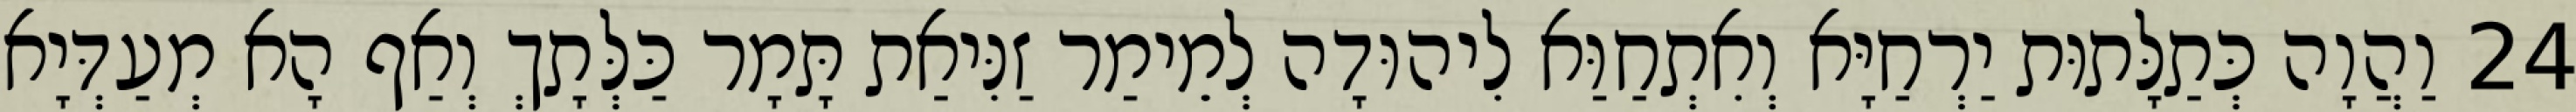
24 וַהֲוָה כְּתַלָּתוּת יַרְחַיָּא וְאִתְחַוַּא לִיהוּדָה לְמֵימַר זַנִּיאַת תָּמָר כַּלְּתָךְ וְאַף הָא מְעַדְּיָא